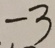
- 3